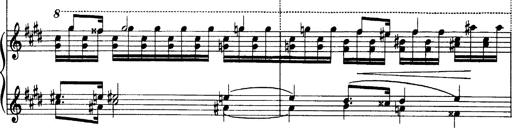
Title: OuvertÃ¼re zu TannhÃ¤user
Composer: Franz Liszt